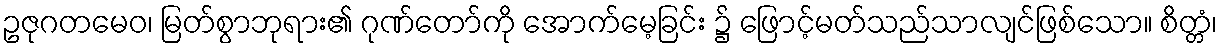
ဥဇုဂတမေဝ၊ မြတ်စွာဘုရား၏ ဂုဏ်တော်ကို အောက်မေ့ခြင်း ၌ ဖြောင့်မတ်သည်သာလျင်ဖြစ်သော။ စိတ္တံ၊